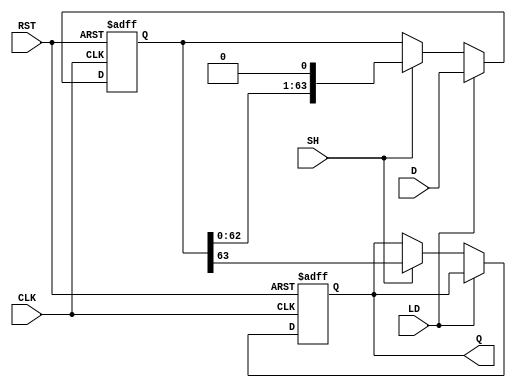
module piso_register (
    input wire [63:0] D,      // 64-bit parallel input data
    input wire LD,            // Load control signal
    input wire SH,            // Shift control signal
    input wire CLK,           // Clock signal
    input wire RST,           // Asynchronous reset signal
    output reg Q              // Serial output
);

    reg [63:0] shift_reg;     // 64-bit shift register

    // Asynchronous reset and loading/shift logic
    always @(posedge CLK or posedge RST) begin
        if (RST) begin
            // Reset the shift register to zero
            shift_reg <= 64'b0;
            Q <= 1'b0; // Ensure output is also reset
        end else begin
            if (LD) begin
                // Load data into the shift register
                shift_reg <= D;
            end else if (SH) begin
                // Shift data out serially
                Q <= shift_reg[63]; // Output the MSB
                shift_reg <= {shift_reg[62:0], 1'b0}; // Shift left
            end
        end
    end

endmodule